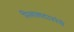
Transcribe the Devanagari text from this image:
मिसलदारांचे